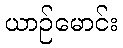
ယာဉ်မောင်း